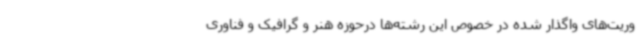
وریت‌های واگذار شده در خصوص این رشته‌ها درحوزه هنر و گرافیک و فناوری